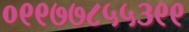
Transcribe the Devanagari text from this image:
०९९७७८५५३९९